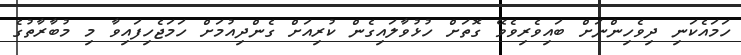
ހަމައެކަނި ދިވެހިންނަށް ބައިވެރިވެވޭ ގޮތަށް ހުޅުވާލައިގެން ކުރިއަށް ގެންދިއުމަށް ހަމަޖެހިފައިވާ މި މުބާރާތުގެ